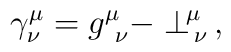
\gamma^\mu_{ \nu}= g^\mu_{\ \nu}- \perp^{\!\mu}_{\,\nu} \, ,